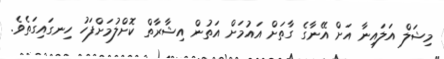
މިޝަލް އަލައިނާ އަށް އޭނާގެ ގާތަށް އައުމަށް އަތުން އިޝާރާތް ކޮށްލުމަށްފަހު ހިނގައިގަތެވެ.